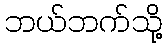
ဘယ်ဘက်သို့